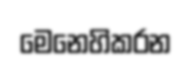
මෙනෙහිකරන